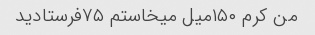
من کرم ۱۵۰میل میخاستم ۷۵فرستادید